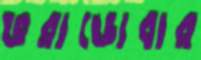
ভরাডোবার